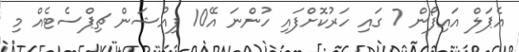
އެޕަލް އައިފޯން 7 ގައި ހަރުކޮށްފައި ހުންނަ އޭ10 ފިއުޝަން ޗިޕްސެޓެއް މި